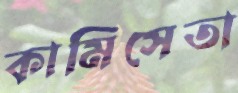
কামিসেতা